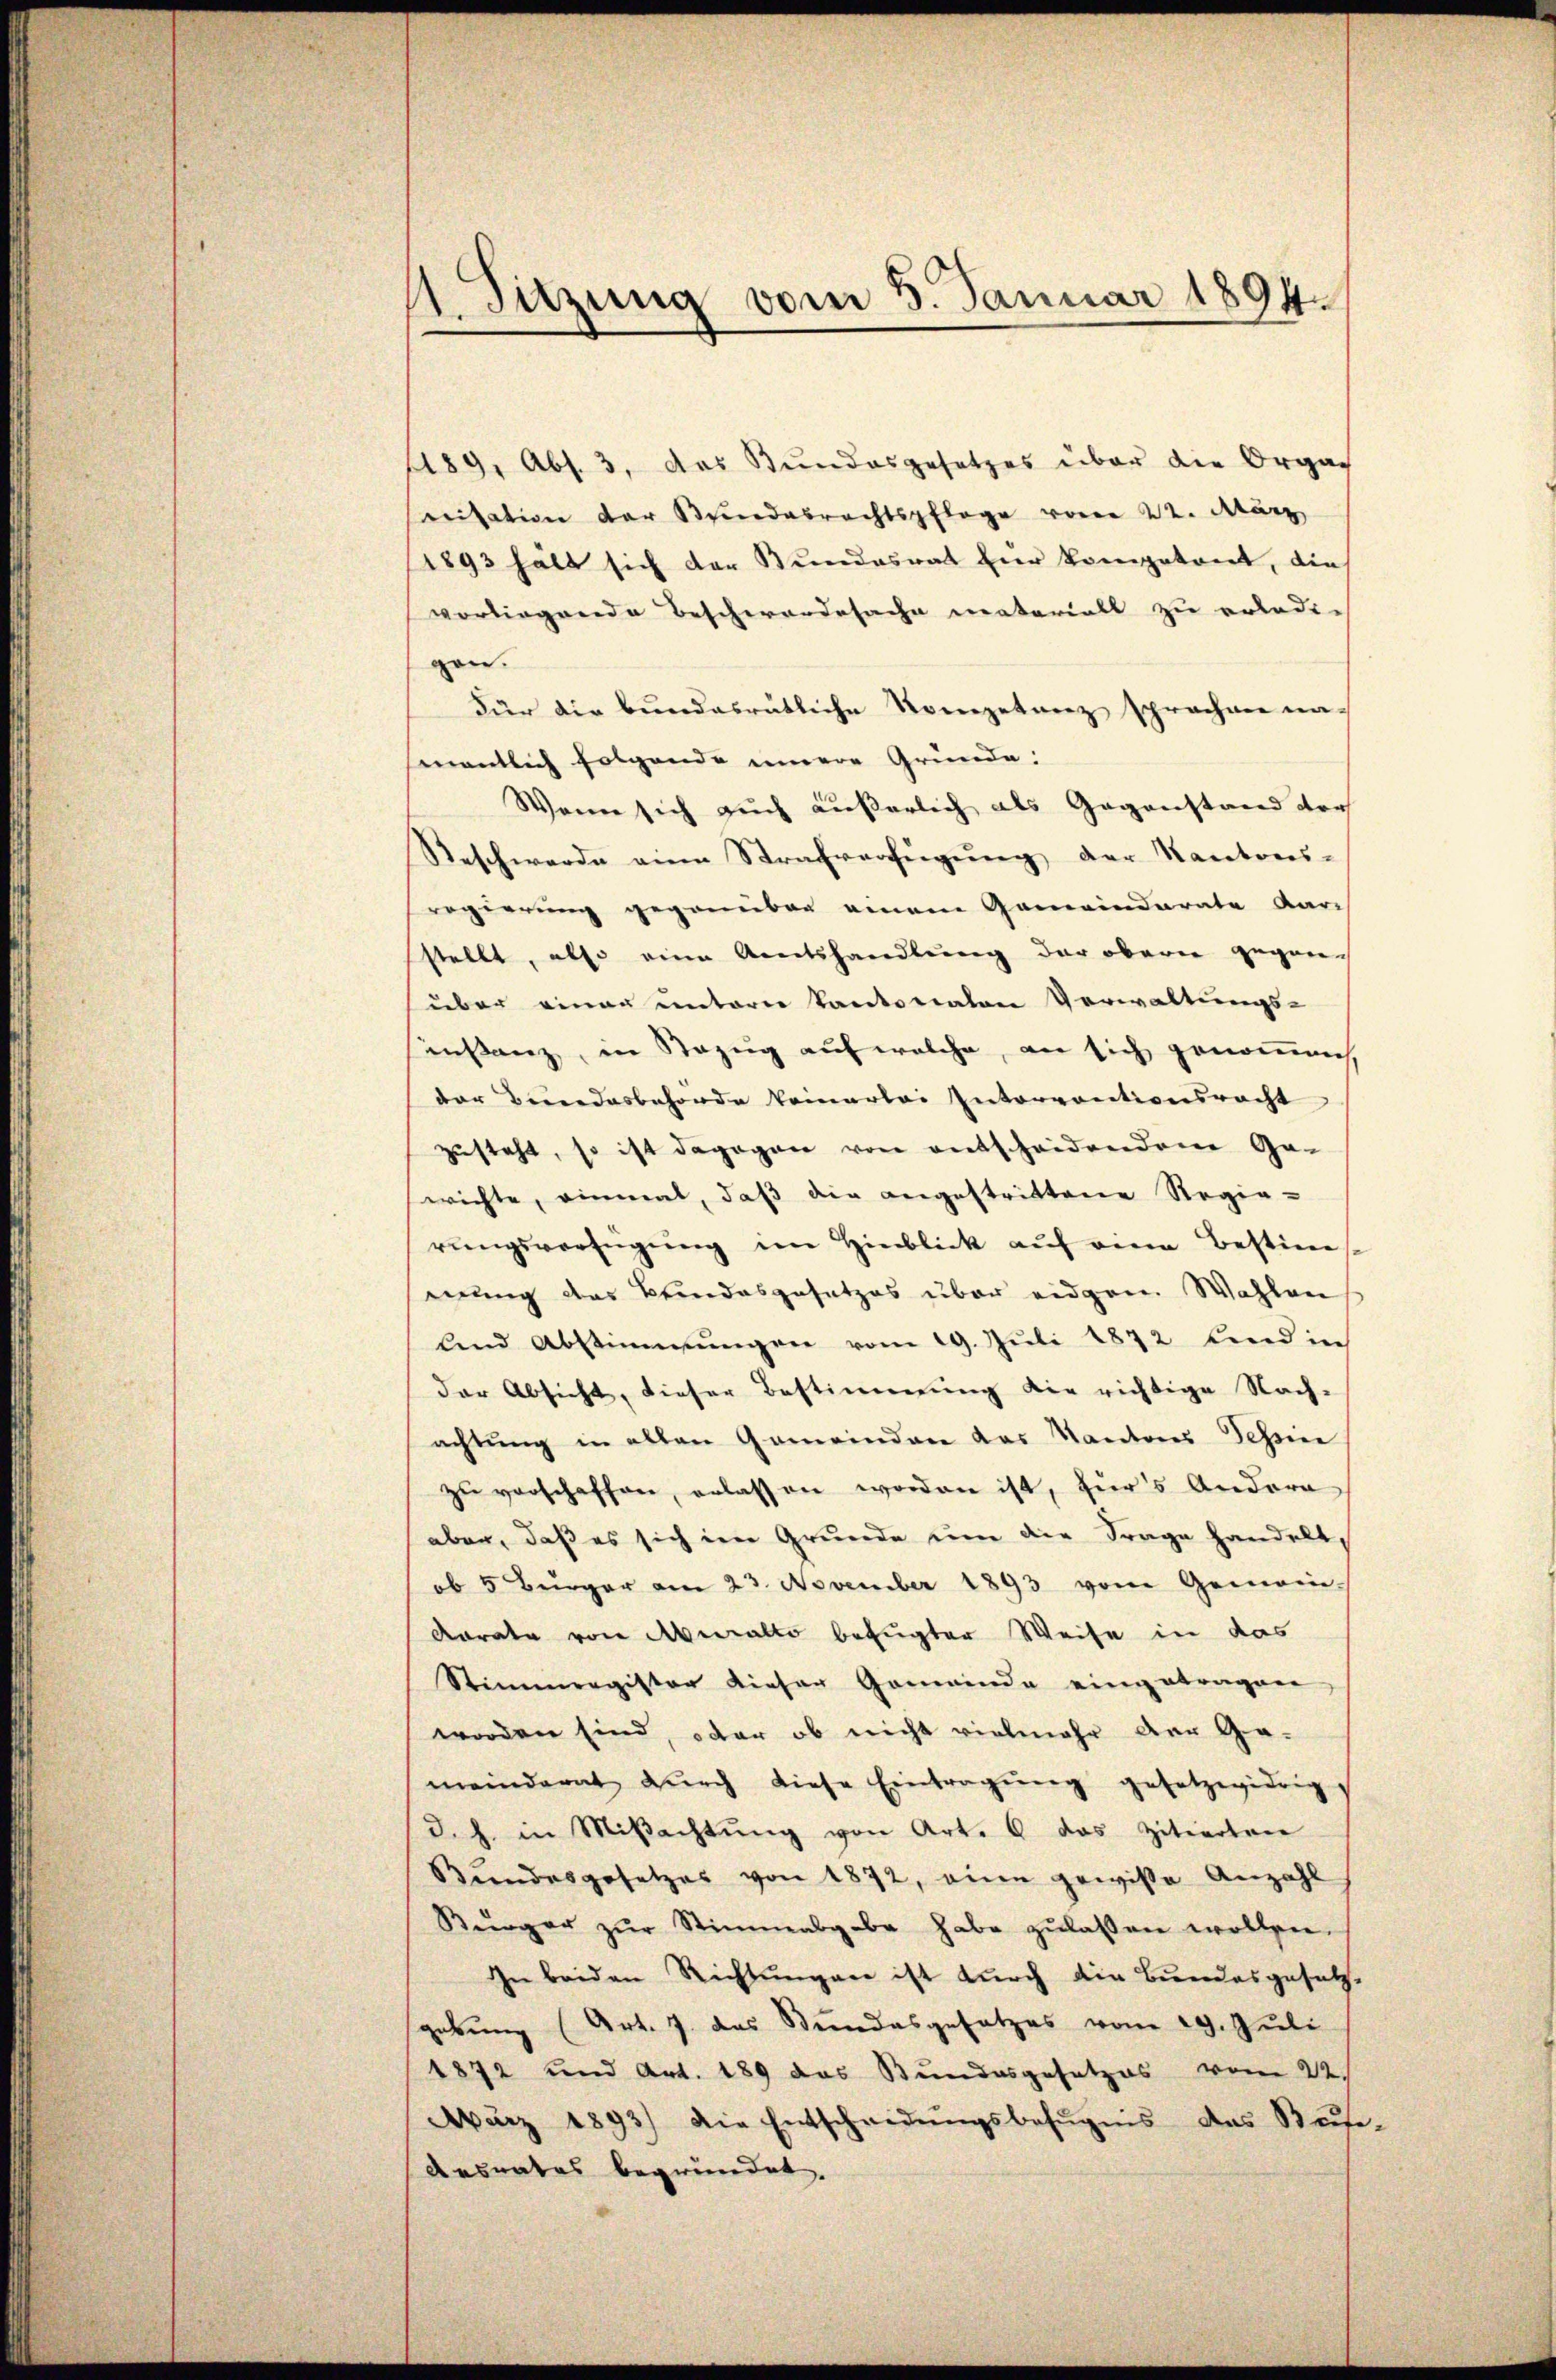
1 Sitzung vom 5. Januar 1894.

1189, Abs. 3. das Bŭndesgesetzes über die Organ
ritation der Stundesrechtspflege vom 22. März
(1893 hält sich der Bundesrat für kompetent, die
vorliegende Beschwordesache materialt zu erledigen.
Für die bundesrätliche Kompetenz sprachen namentlich folgende innere Gründe:
Wenn sich auch äußerlich als Gegenstand doch
Beschwerde eine Strafverfügung der Kantons-
regierung gegenüber einem Gemeinderate Aar-
stellt, also eine Amtshandlung der oberen gegann
über einer untern kantonaten Verwaltungs-
instanz, in Bezug auf welche, an sich genommen
der Bundesbehörde keinerlei Interventionsracht
zusteht, so ist dagegen von entscheidenden Gaberichte, einmal, daß die angestrittene Regie-
rŭngsverfügung im Hinblick auf eine Bestim
mung des Beindesgesetzes über eidgen. Wahlen,
lend Abstimmungen vom 19. Juli 1872 und in
der Absicht, dieser Bestimmung die richtige Nach-
achtung in allen Gemeindere das Kantons Tessine
zu verschaffen, erlassen worden ist, zur Andera
aber, daß es sich im Grunde um die Frage handelt,
ob 5 Bürger am 23. November 1893 vom Gemein-
Karate von Aberalto befugter Weise in das
Stimmregister dieser Gemeinde eingetragen
worden sind, oder ob nicht vielmehr der Gameinderat durch diese Eintragung gesetzwidrig
d. J. in Miβachtŭng von Art. 6 das zitierten
Bundesgesetzes von 1872, eine gewisse Anzahl
Bürger zŭr Stimmabgabe habe zŭlassen wollen.
In beiden Richtungen ist durch die Bundesgesetz-
gebung (Art. 7. das Stundesgesetzes vom 29. Jŭli
1872 und Art. 189 das Bundesgesetzes vom 22.
März 1893) die Entscheidŭngsbefugnis das Sute
Aesrates begründet.